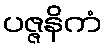
ပဇ္ဇနိကံ